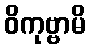
ဝိကုဗ္ဗာမိ